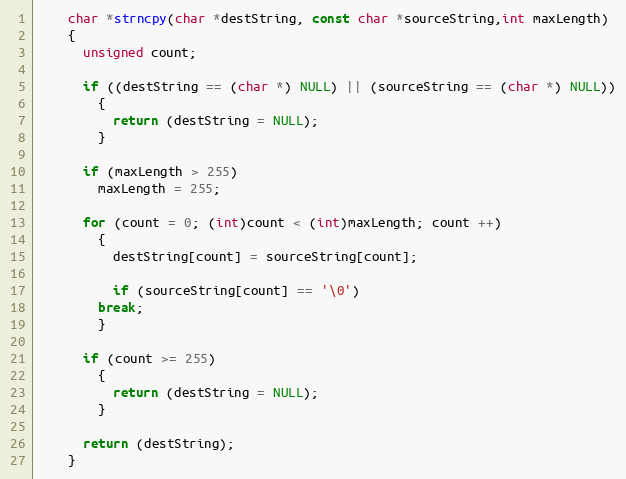
Language: C++
	char *strncpy(char *destString, const char *sourceString,int maxLength)
	{
	  unsigned count;

	  if ((destString == (char *) NULL) || (sourceString == (char *) NULL))
		{
		  return (destString = NULL);
		}

	  if (maxLength > 255)
		maxLength = 255;

	  for (count = 0; (int)count < (int)maxLength; count ++)
		{
		  destString[count] = sourceString[count];

		  if (sourceString[count] == '\0')
		break;
		}

	  if (count >= 255)
		{
		  return (destString = NULL);
		}

	  return (destString);
	}